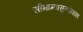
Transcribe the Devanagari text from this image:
सौभाग्यासुन्थीपका